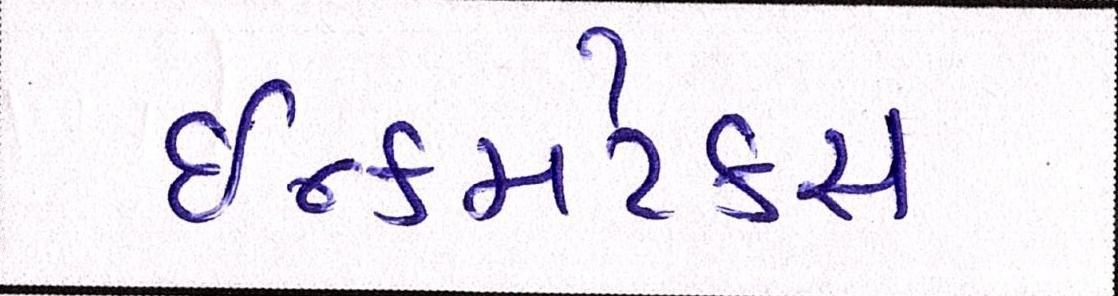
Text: ઇન્કમટેક્સ